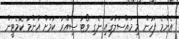
އެންމެ ފަހުން މި މައްސަލާގައި ނެގި ވޯޓު ސިއްރު ކުމަށް އާންމު ކޮމެޓީން